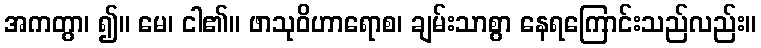
အကတွာ၊ ၍။ မေ၊ ငါ၏။ ဖာသုဝိဟာရောစ၊ ချမ်းသာစွာ နေရကြောင်းသည်လည်း။